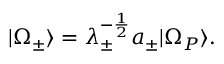
| \Omega _ { \pm } \rangle = \lambda _ { \pm } ^ { - \frac { 1 } { 2 } } a _ { \pm } | \Omega _ { P } \rangle .